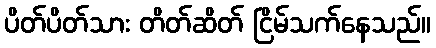
ပိတ်ပိတ်သား တိတ်ဆိတ် ငြိမ်သက်နေသည်။